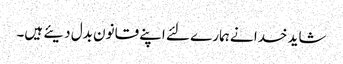
شاید خدا نے ہمارے لئے اپنے قانون بدل دیئے ہیں۔